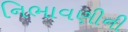
નિભાવણીની